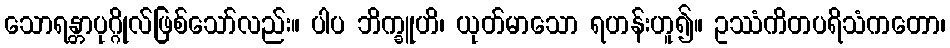
သောရန္တာပုဂ္ဂိုလ်ဖြစ်သော်လည်း။ ပါပ ဘိက္ခူဟိ၊ ယုတ်မာသော ရဟန်းဟူ၍။ ဥဿံကိတပရိသံကတော၊